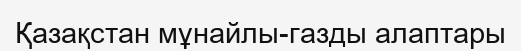
Қазақстан мұнайлы-газды алаптары